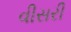
વીસરી